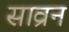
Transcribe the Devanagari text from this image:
साव्रन